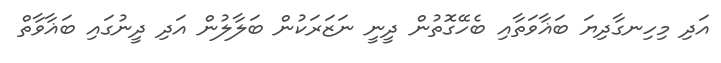
އަދި މިހިނގާދިޔަ ބަޣާވަތާއި ބެހޭގޮތުން ދީނީ ނަޒަރަކުން ބަލާލުން އަދި ދީނުގައި ބަޣާވާތް